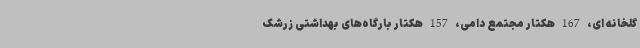
گلخانه ای، 167 هکتار مجتمع دامی، 157 هکتار بارگاه‌های بهداشتی زرشک